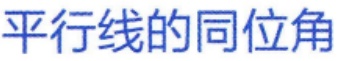
平行线的同位角